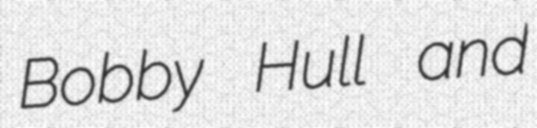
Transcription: Bobby Hull and